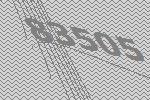
83505